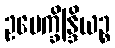
ဥပေက္ခိန္ဒြိယဉ္စ